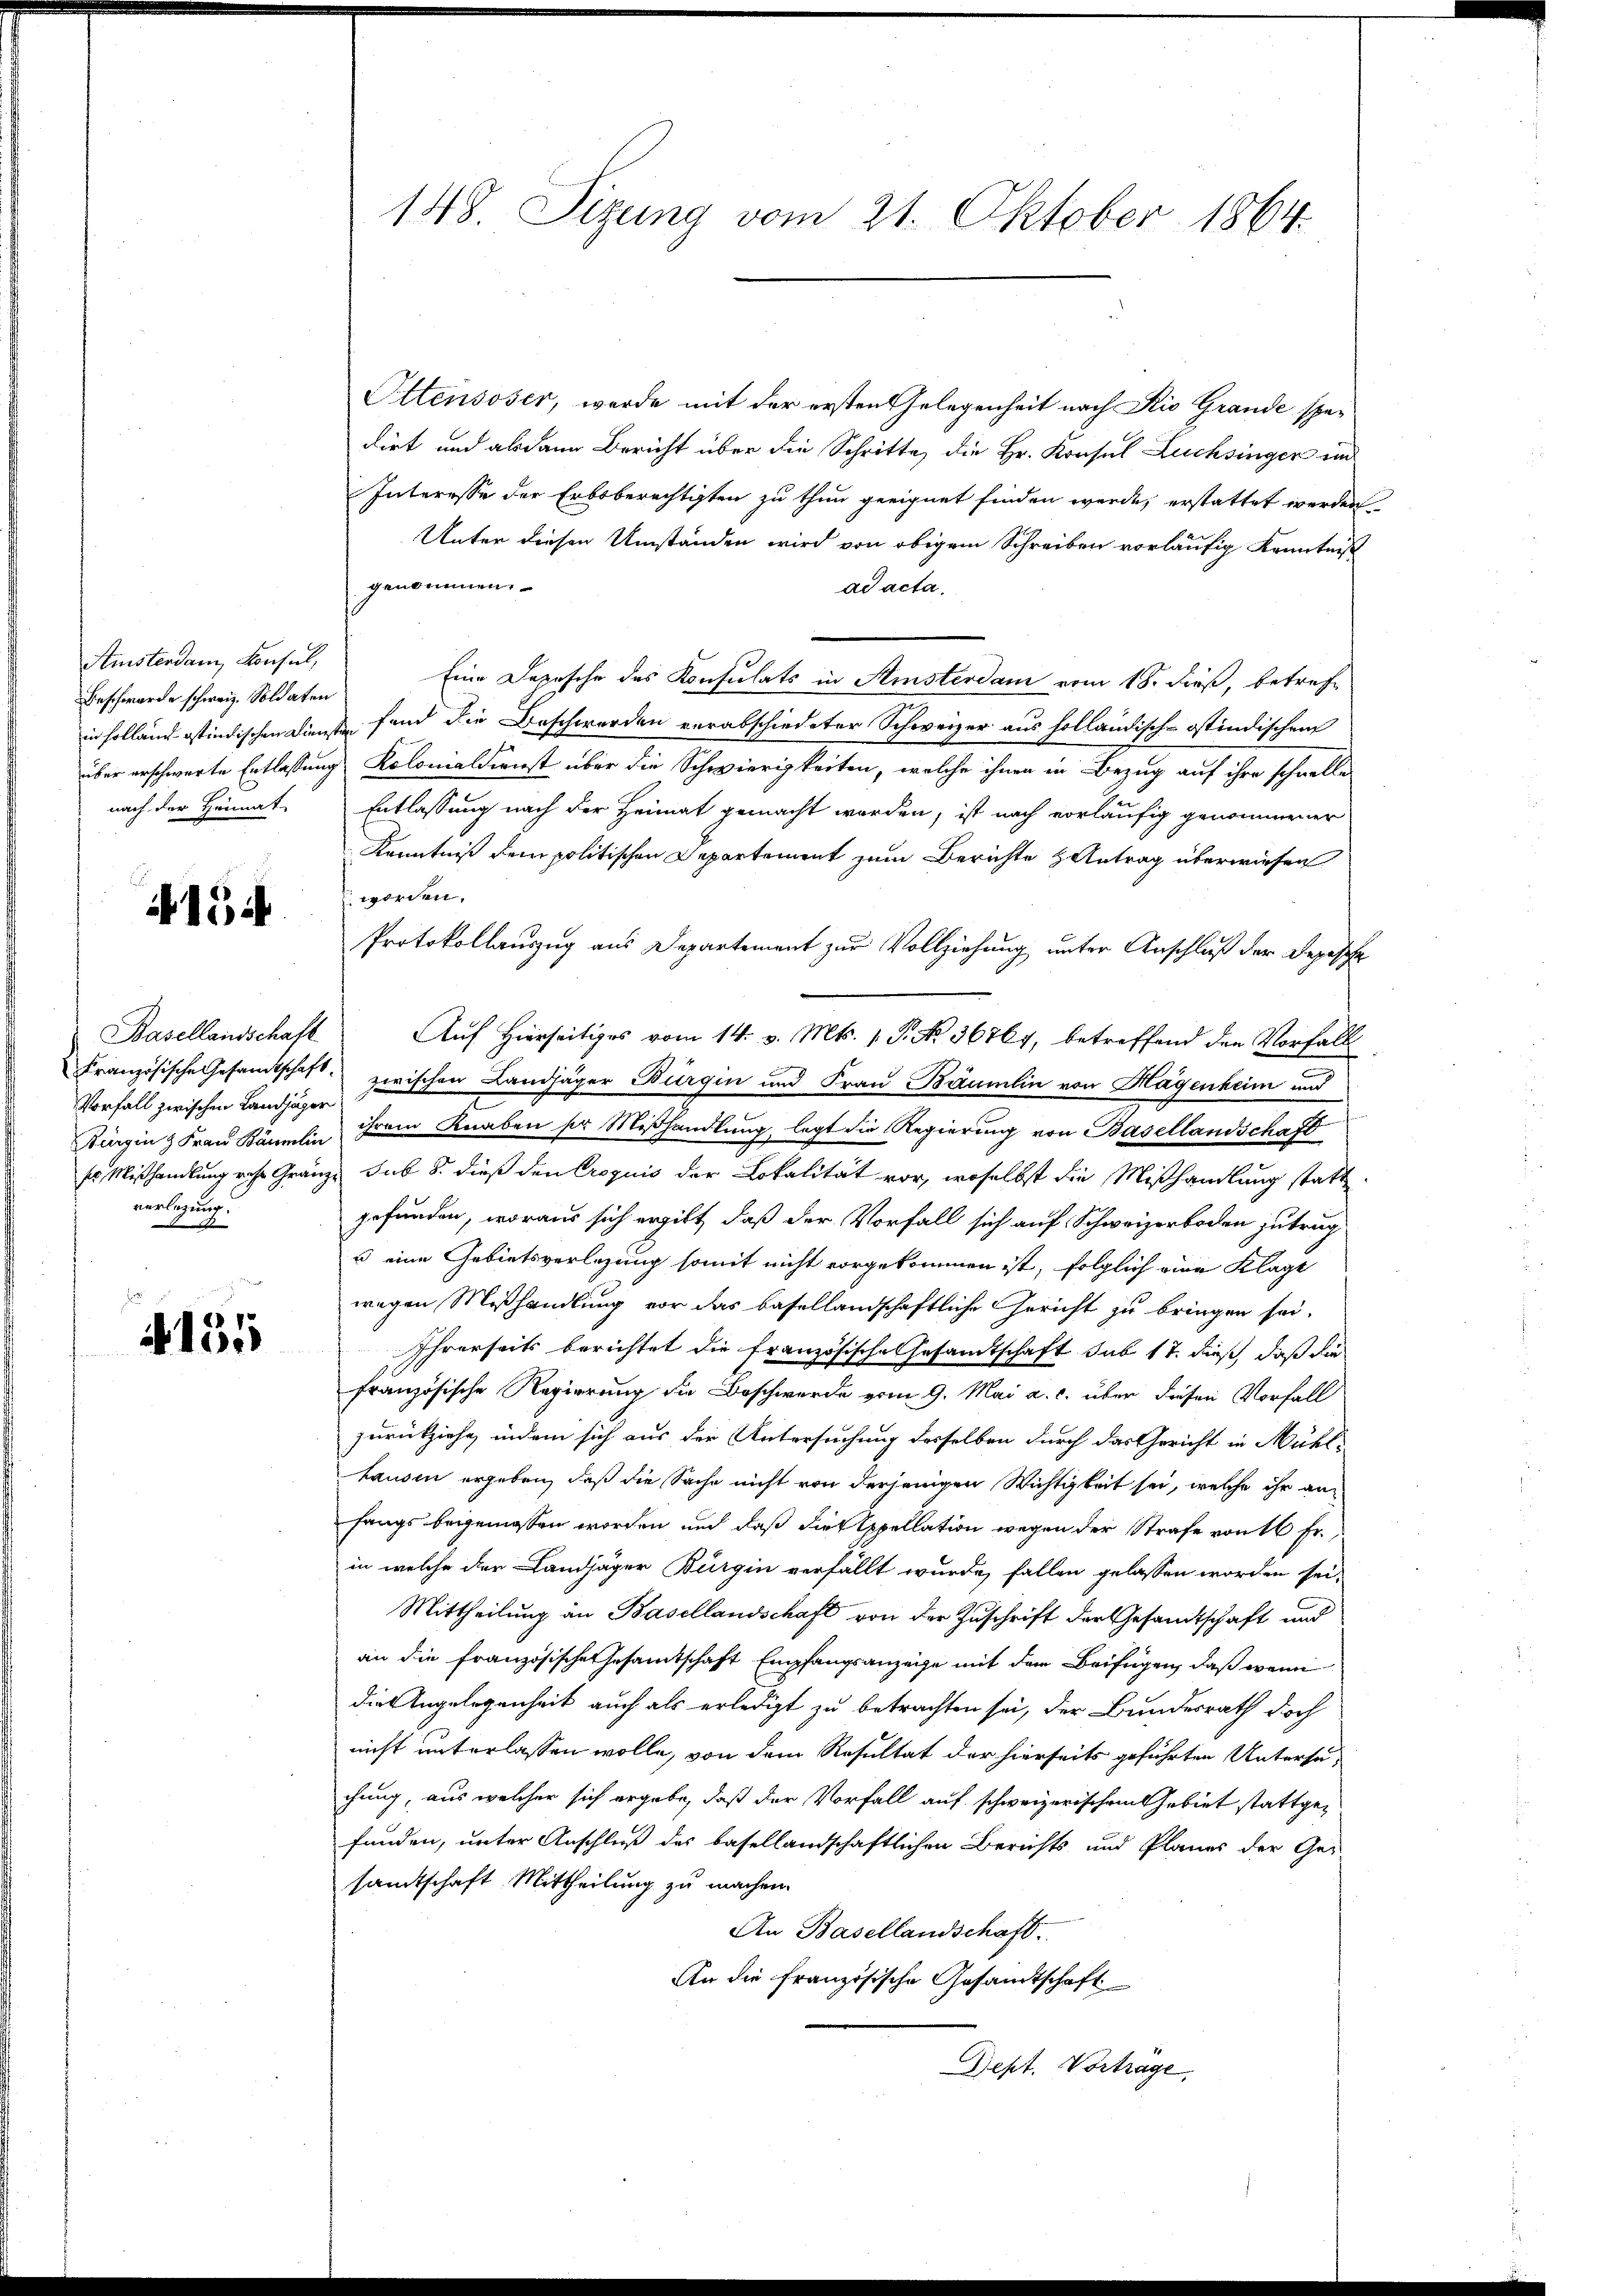
Ainisterdam, Konsul,
Beschwerde schweiz. Soldaten
nach der Heimat

i 1544

Vorfall zwischen Landjäger
verlegung.

d
41315

148. Sizung vom 21. Oktober 1864.

Ottensoser, werde mit der ersten Gelegenheit nach Kio Grande spedirt und alsdann Bericht über die Schritte, die Hr. Konsul Luchsinger und
Interesse der Erbsberechtigten zu thun geeignet finden werde, erstattet werden
Unter diesen Umständen wird von obigem Schreiben vorläufig Kenntnis
genbinnen.
ad acta.
Eine Depesche des Konsulats in Amsterdam vom 18. dieß, betrefin Holland istindischen Diensten fand die Beschwerden verabschiedeter Schweizer aus holländisch-ostindischen
über erschwerte Entlassung Kolonialdienst über die Schwierigkeiten, welche ihnen in Bezug auf ihre schnelle
Entlassung nach der Heimat gemacht worden, ist nach vorläufig genommener
Kenntniß dem politischen Departement zum Berichte Antrag überwiesen
worden.
Protokollauszug aus Departement zur Vollziehung unter Anschluß der Depesche
Basellandschaft Auf Hierseitiges vom 14. v. Mts. 1. P. No. 36764, betreffend den Vorfall
Französische Gesandtschaft zwischen Landjäger Bürgin und Frau Bäumlin von Hagenheim und
Küginz Frau Bäumlin ihrem Knaben ser Mißhandlung, legt die Regierung von Basellandschaft
sr Mißhandlung rese Gränze sub 8. dieß den Croquis der Lokalität vor, woselbst die Mißhandlung statt
gefunden, woraus sich ergibt, daß der Vorfall sich auf Schweizerboden zutrag
u eine Gebietsverlegung somit nicht vorgekommen ist, folglich eine Klage
wegen Mißhandlung vor das basellandschaftliche Gericht zu bringen sei.
Ihrerseits berichtet die französische Gesamtschaft sub 17. dieß, daß die
französische Regierung die Beschwerde vom 9. Mai a. c. über diesen Vorfall
zurückziehe, indem sich aus der Untersuchung desselben durch das Gericht in Mühlhausen ergeben, daß die Sache nicht von derjenigen Wichtigkeit sei, welche ihr anfangs beigemessen worden und daß die Appellation wegen der Strafe von 16 Fr.,
in welche der Landjäger Bürgin verfällt wurde, fallen gelassen worden sei,
Mittheilung an Basellandschaft von der Zuschrift der Gesandtschaft und
an die französische Gesamtschaft Empfangsanzeige mit dem Beifügen, daß wenn
die Angelegenheit auch als erledigt zu betrachten sei, der Bundesrath doch
nicht unterlassen wolle, von dem Resultat der hierseits geführten Untersu
chung, aus welcher sich ergabe, daß der Vorfall auf schweizerischen Gebiet stattgefunden, unter Anschluß des basellandschaftlichen Berichts und Planes der Ge-
sandtschaft Mittheilung zu machen.
An Basellandschaft.
An die französische Gesandtschaft
Dept. Vortrage,